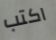
اكتب